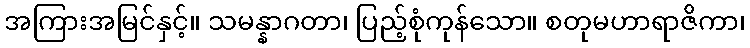
အကြားအမြင်နှင့်။ သမန္နာဂတာ၊ ပြည့်စုံကုန်သော။ စတုမဟာရာဇိကာ၊